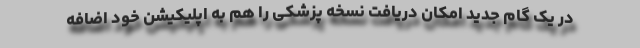
در یک گام جدید امکان دریافت نسخه پزشکی را هم به اپلیکیشن خود اضافه